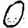
Digit: 0